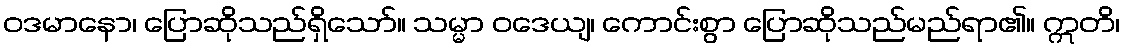
ဝဒမာနော၊ ပြောဆိုသည်ရှိသော်။ သမ္မာ ဝဒေယျ၊ ကောင်းစွာ ပြောဆိုသည်မည်ရာ၏။ ဣတိ၊